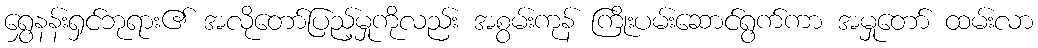
ရွှေနန်းရှင်ဘုရား၏ အလိုတော်ပြည့်မှုကိုလည်း အစွမ်းကုန် ကြိုးပမ်းဆောင်ရွက်ကာ အမှုတော် ထမ်းလာ